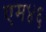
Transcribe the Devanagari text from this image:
एम४६